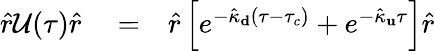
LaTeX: \begin{array}{rlr}{\hat{r}\mathcal{U}(\tau)\hat{r}}&{{}=}&{\hat{r}\left[e^{-\hat{\kappa}_{\mathbf d}(\tau-\tau_{c})}+e^{-\hat{\kappa}_{\mathbf u}\tau}\right]\hat{r}}\end{array}